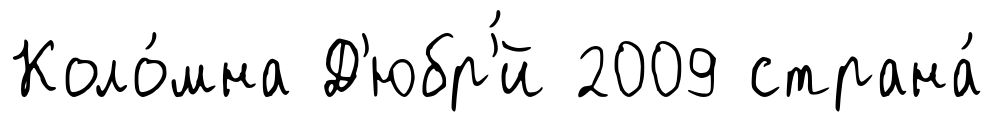
Коло́мна Д'юбр'́й 2009 страна́